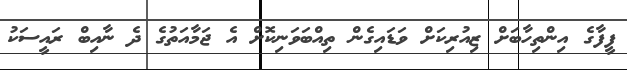
ފީފާގެ އިންތިހާބަށް ޒިއުރިކަށް ވަޑައިގެން ތިއްބަވަނިކޮށް އެ ޖަމާއަތުގެ ދެ ނާއިބް ރައީސަކު